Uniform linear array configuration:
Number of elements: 24
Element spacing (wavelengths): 0.75
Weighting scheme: exponential
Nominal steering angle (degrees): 0
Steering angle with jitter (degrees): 1.272
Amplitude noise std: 0.05
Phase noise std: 0.05

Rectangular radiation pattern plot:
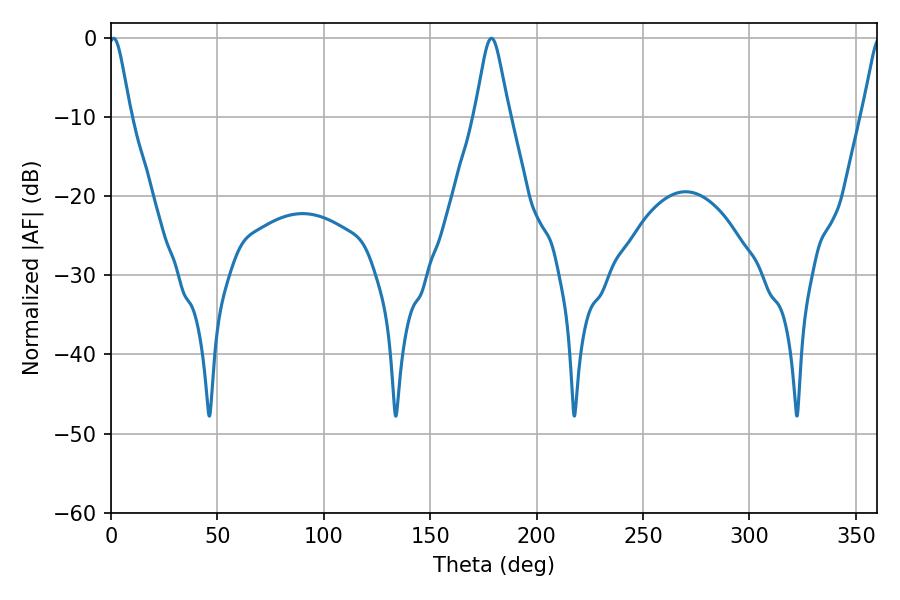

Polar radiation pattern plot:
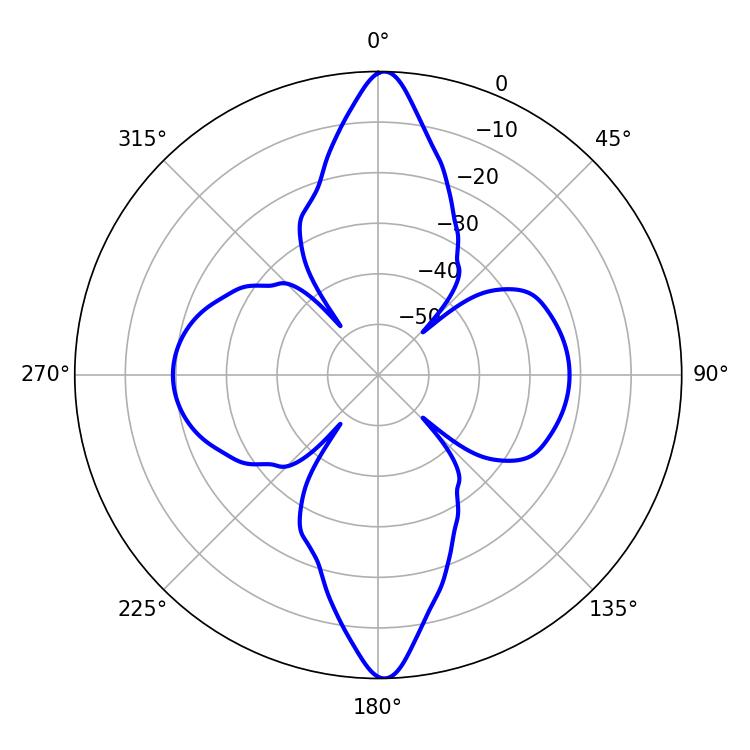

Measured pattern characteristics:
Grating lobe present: TRUE
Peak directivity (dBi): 26.95
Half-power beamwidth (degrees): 5.04
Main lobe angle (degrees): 1.26